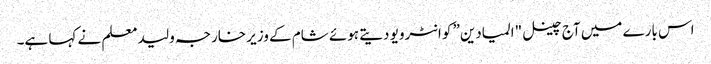
اس بارے میں آج چینل "المیادین” کو انٹرویو دیتے ہوئے شام کے وزیر خارجہ ولید معلم نے کہا ہے۔